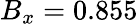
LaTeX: B_{x}=0.855